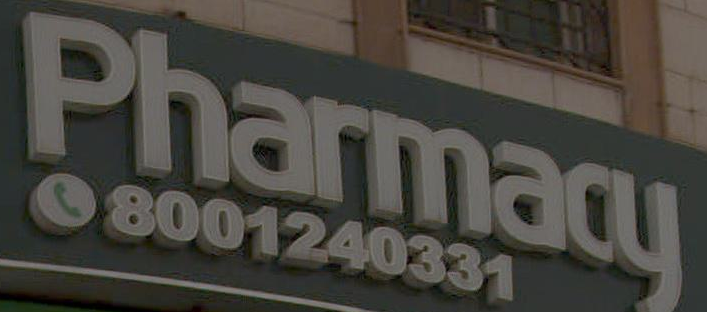
Pharmacy